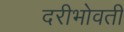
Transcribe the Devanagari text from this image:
दरीभोवती